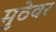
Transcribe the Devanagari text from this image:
मुठेवर